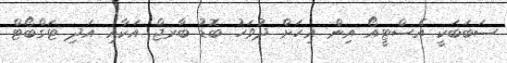
ސަބަބަކީ އެސްޓީއޯ އިން އިހަށް ދުވަހު ބޮޑު ބާރޖް އަކާއި އަދި ޓަގްބޯޓް